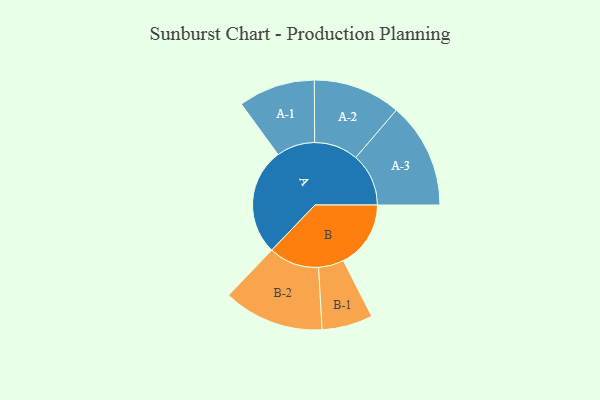
{"axis": {"x": "Segment", "y": "Value"}, "legend": ["", "A", "B"], "data": [{"x": "A", "y": 472, "type": ""}, {"x": "B", "y": 297, "type": ""}, {"x": "A-1", "y": 169, "type": "A"}, {"x": "A-2", "y": 193, "type": "A"}, {"x": "A-3", "y": 233, "type": "A"}, {"x": "B-1", "y": 112, "type": "B"}, {"x": "B-2", "y": 222, "type": "B"}]}